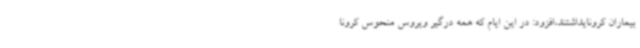
بیماران کرونایداشتند،افزود: در این ایام که همه درگیر ویروس منحوس کرونا